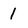
Character: 1